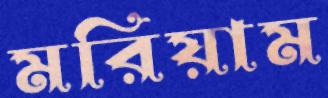
মরিয়াম